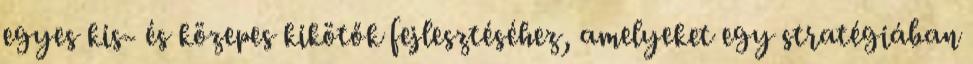
egyes kis- és közepes kikötők fejlesztéséhez, amelyeket egy stratégiában